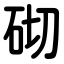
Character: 砌